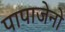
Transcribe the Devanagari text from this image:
पापाजेनो